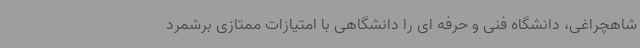
شاهچراغی، دانشگاه فنی و حرفه ای را دانشگاهی با امتیازات ممتازی برشمرد